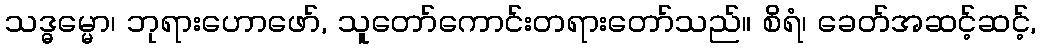
သဒ္ဓမ္မော၊ ဘုရားဟောဖော်, သူတော်ကောင်းတရားတော်သည်။ စိရံ၊ ခေတ်အဆင့်ဆင့်,